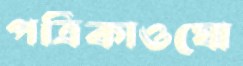
পত্রিকাওঘো